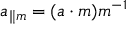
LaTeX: a _ { \| m } = ( a \cdot m ) m ^ { - 1 }